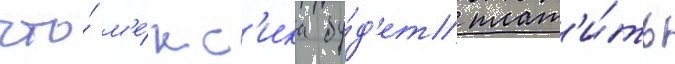
что́ м'е́кс'ика бу́д'ет плат'и́ть